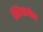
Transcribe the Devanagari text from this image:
शियामेन